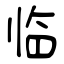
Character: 临